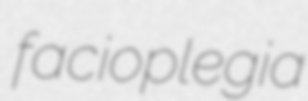
facioplegia